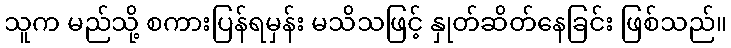
သူက မည်သို့ စကားပြန်ရမှန်း မသိသဖြင့် နှုတ်ဆိတ်နေခြင်း ဖြစ်သည်။